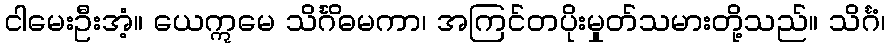
ငါမေးဦးအံ့။ ယေဣမေ သိင်္ဂိဓမကာ၊ အကြင်တပိုးမှုတ်သမားတို့သည်။ သိင်္ဂံ၊